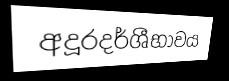
අදූරදර්ශීභාවය